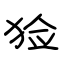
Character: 猃